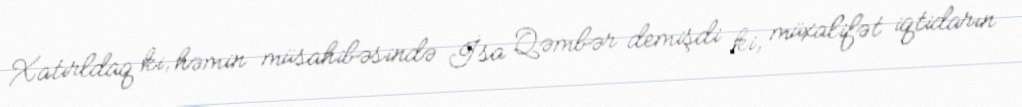
Xatırldaq ki, həmin müsahibəsində İsa Qəmbər demişdi ki, müxalifət iqtidarın